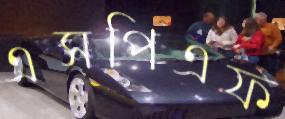
এসপিএফ